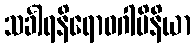
သင်္ခါရနိရောဓဂါမိနိယာ